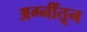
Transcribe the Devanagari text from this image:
अग्नींतून